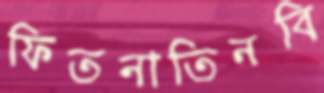
ফিতনাতিনবি